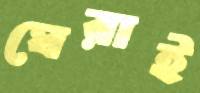
ঘেরাই